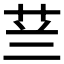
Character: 𮶟